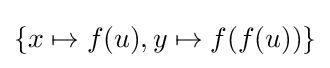
\{x\mapsto f(u),y\mapsto f(f(u))\}